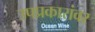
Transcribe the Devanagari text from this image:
उपप्रकारांवर